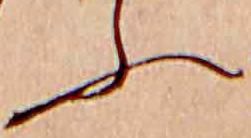
ふ